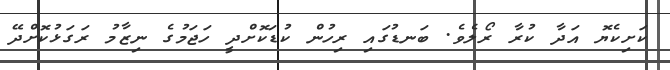
ކަށިކެޔޮ އަދާ ކުރާ ރޯލެވެ. ބަނޑުގައި ރިހުން ކުޑަކޮށްދީ ހަޖަމުގެ ނިޒާމު ރަގަޅުކޮށްދޭ